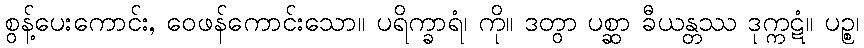
စွန့်ပေးကောင်း, ဝေဖန်ကောင်းသော။ ပရိက္ခာရံ၊ ကို။ ဒတွာ ပစ္ဆာ ခီယန္တဿ ဒုက္ကဋံ။ ပဉ္စ၊